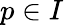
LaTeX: p\in{I}